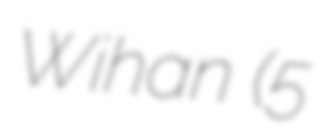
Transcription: Wihan (5